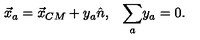
\begin{array} { c c } { \vec { x } _ { a } = \vec { x } _ { C M } + y _ { a } \hat { n } , } & { \displaystyle { \sum _ { a } } y _ { a } = 0 . } \\ \end{array}